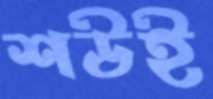
শউই